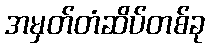
အမှတ်တံဆိပ်တစ်ခု